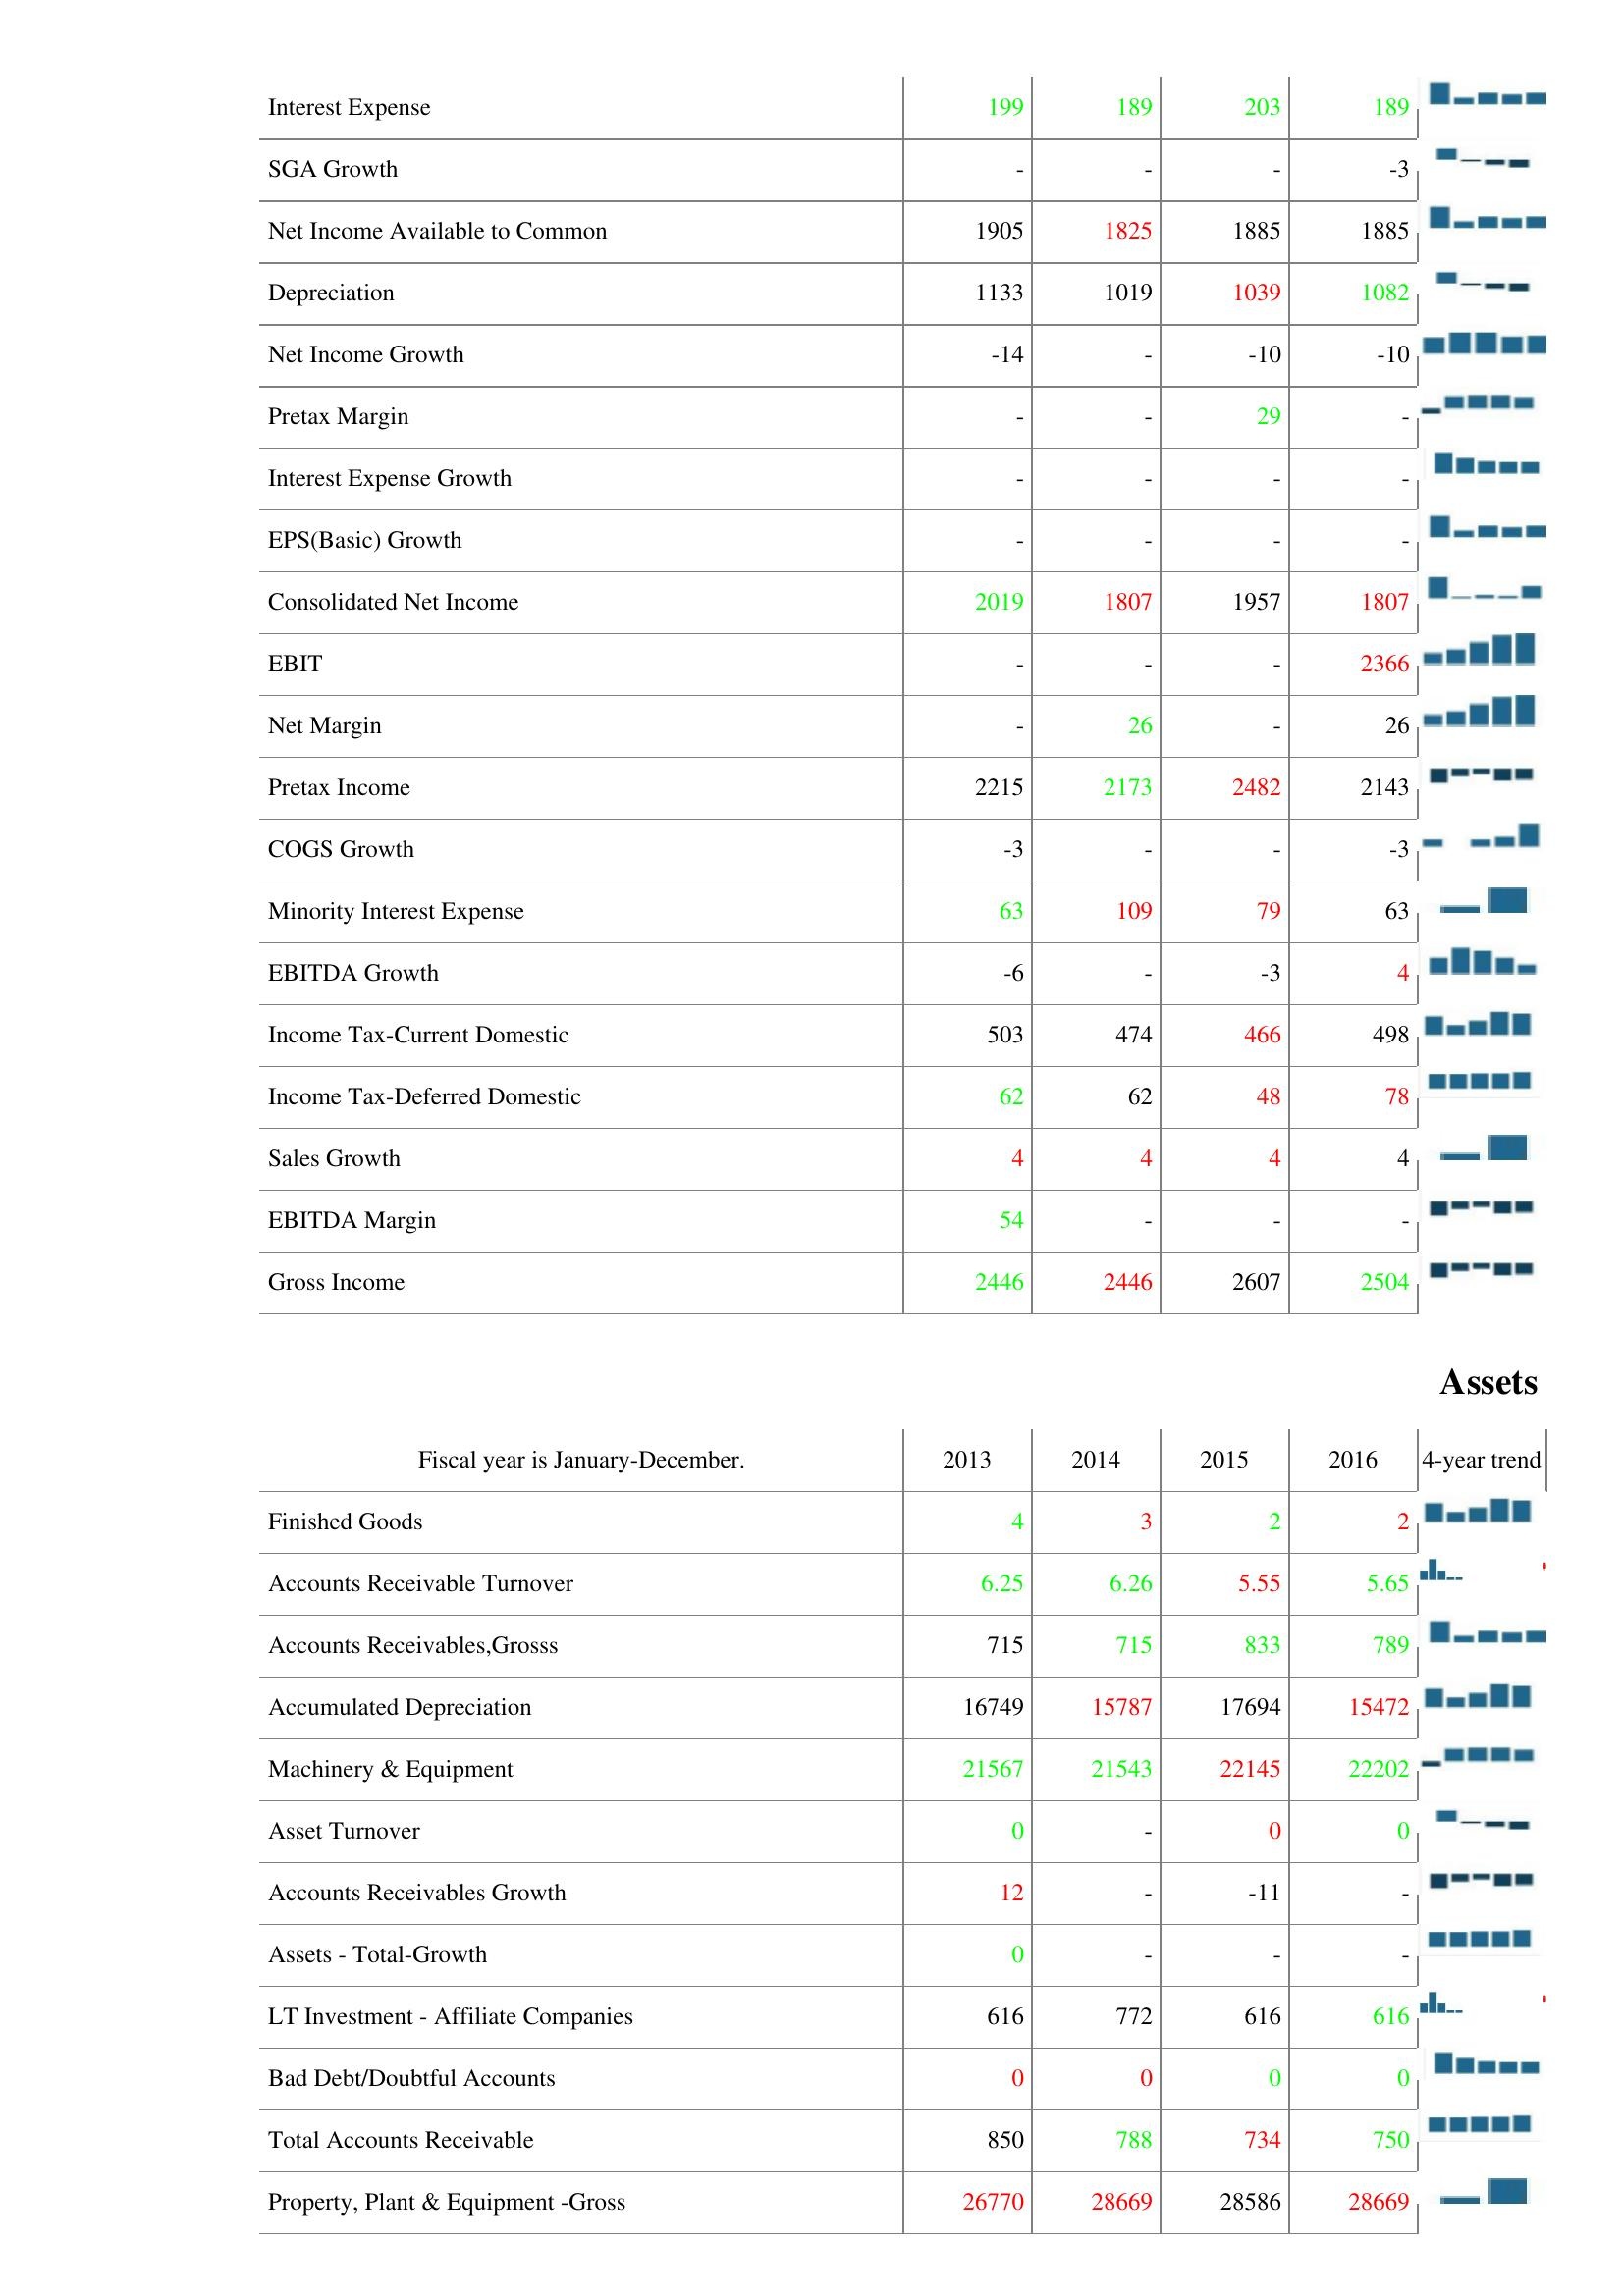
2013: : Interest Expense: 199
SGA Growth: -
Net Income Available to Common: 1905
Depreciation: 1133
Net Income Growth: -14
Pretax Margin: -
Interest Expense Growth: -
EPS(Basic) Growth: -
Consolidated Net Income: 2019
EBIT: -
Net Margin: -
Pretax Income: 2215
COGS Growth: -3
Minority Interest Expense: 63
EBITDA Growth: -6
Income Tax-Current Domestic: 503
Income Tax-Deferred Domestic: 62
Sales Growth: 4
EBITDA Margin: 54
Gross Income: 2446
Assets: Finished Goods: 4
Accounts Receivable Turnover: 6.25
Accounts Receivables,Grosss: 715
Accumulated Depreciation: 16749
Machinery & Equipment: 21567
Asset Turnover: 0
Accounts Receivables Growth: 12
Assets - Total-Growth: 0
LT Investment - Affiliate Companies: 616
Bad Debt/Doubtful Accounts: 0
Total Accounts Receivable: 850
Property, Plant & Equipment -Gross: 26770
2014: : Interest Expense: 189
SGA Growth: -
Net Income Available to Common: 1825
Depreciation: 1019
Net Income Growth: -
Pretax Margin: -
Interest Expense Growth: -
EPS(Basic) Growth: -
Consolidated Net Income: 1807
EBIT: -
Net Margin: 26
Pretax Income: 2173
COGS Growth: -
Minority Interest Expense: 109
EBITDA Growth: -
Income Tax-Current Domestic: 474
Income Tax-Deferred Domestic: 62
Sales Growth: 4
EBITDA Margin: -
Gross Income: 2446
Assets: Finished Goods: 3
Accounts Receivable Turnover: 6.26
Accounts Receivables,Grosss: 715
Accumulated Depreciation: 15787
Machinery & Equipment: 21543
Asset Turnover: -
Accounts Receivables Growth: -
Assets - Total-Growth: -
LT Investment - Affiliate Companies: 772
Bad Debt/Doubtful Accounts: 0
Total Accounts Receivable: 788
Property, Plant & Equipment -Gross: 28669
2015: : Interest Expense: 203
SGA Growth: -
Net Income Available to Common: 1885
Depreciation: 1039
Net Income Growth: -10
Pretax Margin: 29
Interest Expense Growth: -
EPS(Basic) Growth: -
Consolidated Net Income: 1957
EBIT: -
Net Margin: -
Pretax Income: 2482
COGS Growth: -
Minority Interest Expense: 79
EBITDA Growth: -3
Income Tax-Current Domestic: 466
Income Tax-Deferred Domestic: 48
Sales Growth: 4
EBITDA Margin: -
Gross Income: 2607
Assets: Finished Goods: 2
Accounts Receivable Turnover: 5.55
Accounts Receivables,Grosss: 833
Accumulated Depreciation: 17694
Machinery & Equipment: 22145
Asset Turnover: 0
Accounts Receivables Growth: -11
Assets - Total-Growth: -
LT Investment - Affiliate Companies: 616
Bad Debt/Doubtful Accounts: 0
Total Accounts Receivable: 734
Property, Plant & Equipment -Gross: 28586
2016: : Interest Expense: 189
SGA Growth: -3
Net Income Available to Common: 1885
Depreciation: 1082
Net Income Growth: -10
Pretax Margin: -
Interest Expense Growth: -
EPS(Basic) Growth: -
Consolidated Net Income: 1807
EBIT: 2366
Net Margin: 26
Pretax Income: 2143
COGS Growth: -3
Minority Interest Expense: 63
EBITDA Growth: 4
Income Tax-Current Domestic: 498
Income Tax-Deferred Domestic: 78
Sales Growth: 4
EBITDA Margin: -
Gross Income: 2504
Assets: Finished Goods: 2
Accounts Receivable Turnover: 5.65
Accounts Receivables,Grosss: 789
Accumulated Depreciation: 15472
Machinery & Equipment: 22202
Asset Turnover: 0
Accounts Receivables Growth: -
Assets - Total-Growth: -
LT Investment - Affiliate Companies: 616
Bad Debt/Doubtful Accounts: 0
Total Accounts Receivable: 750
Property, Plant & Equipment -Gross: 28669